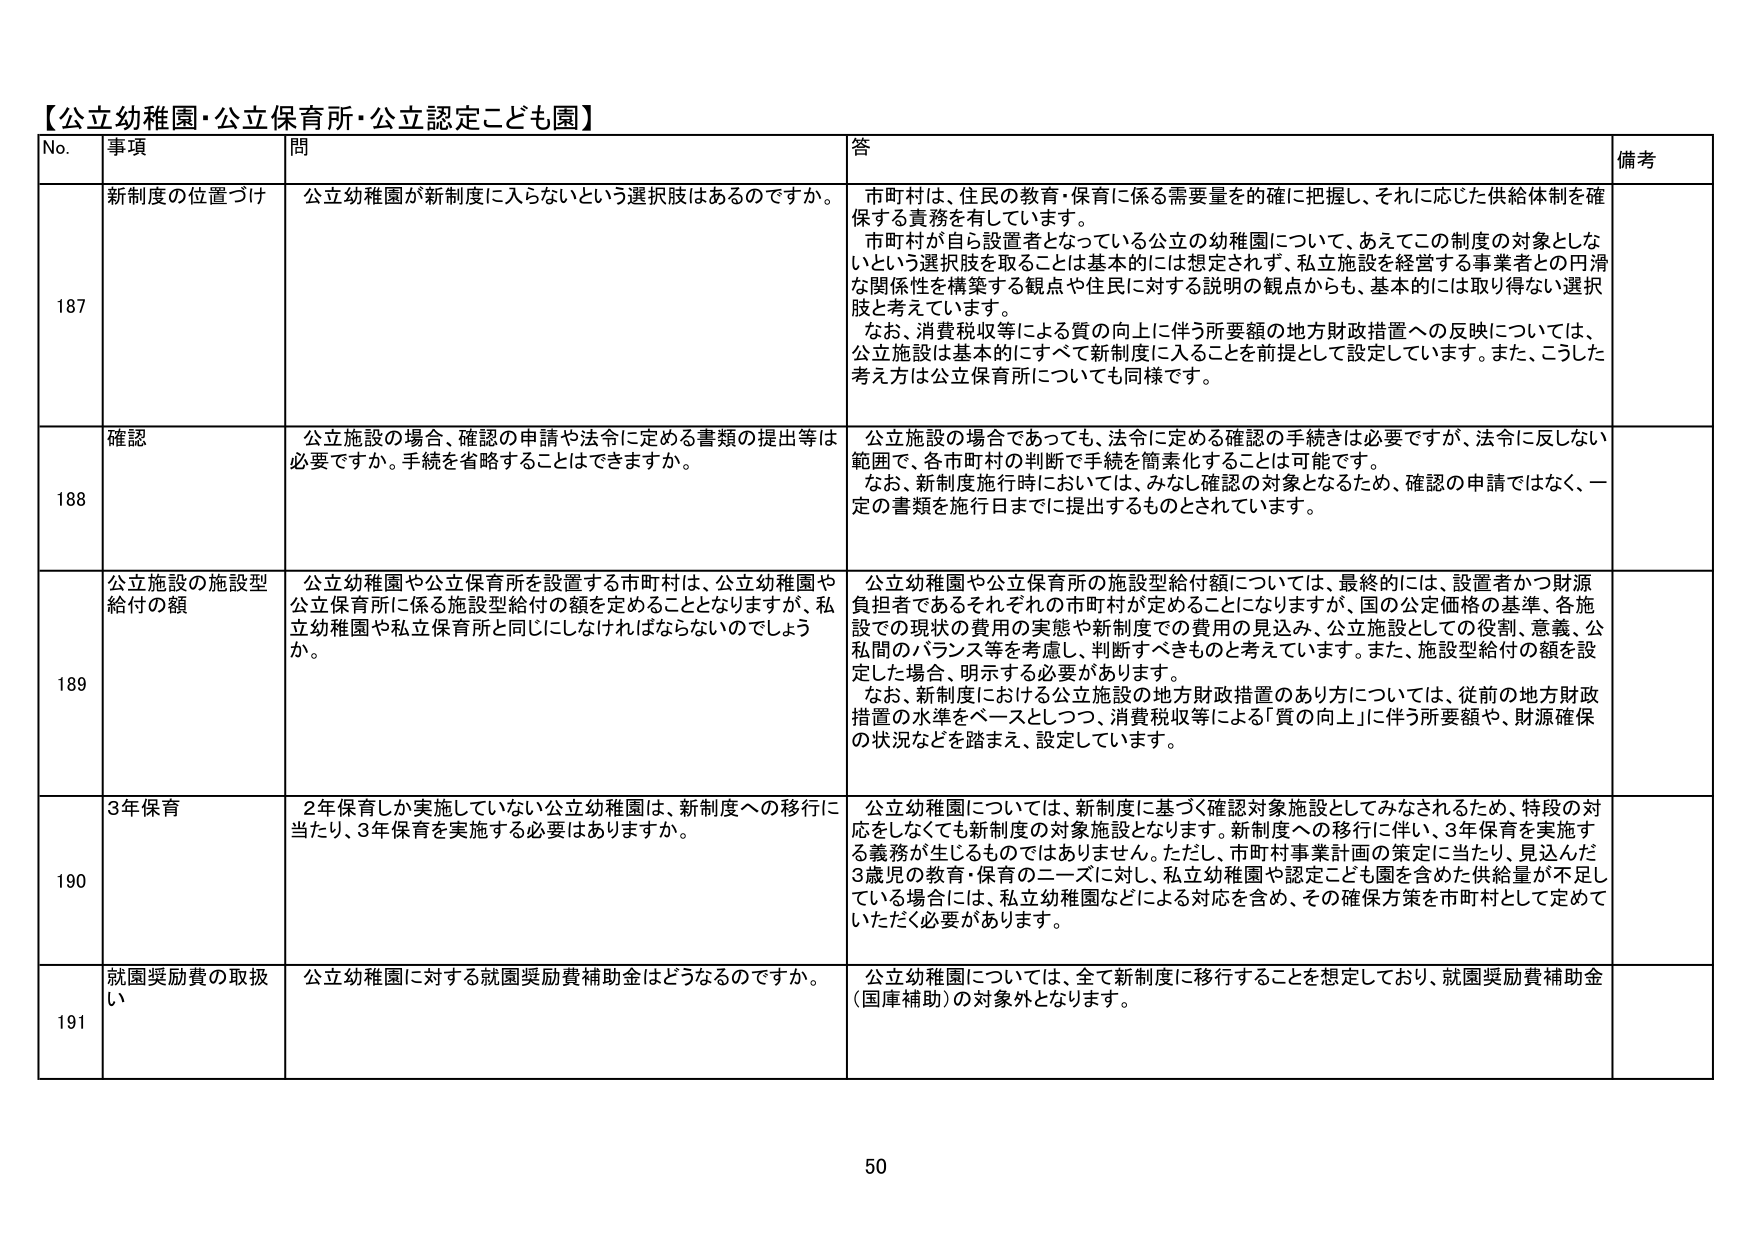
【公立幼稚園・公立保育所・公立認定こども園】

No. 事項 問 答 備考

187 新制度の位置づけ 公立幼稚園が新制度に入らないという選択肢はあるのですか。 市町村は、住民の教育・保育に係る需要量を的確に把握し、それに応じた供給体制を確保する責務を有しています。 市町村が自ら設置者となっている公立の幼稚園について、あえてこの制度の対象としないという選択肢を取ることは基本的には想定されず、私立施設を経営する事業者との円滑な関係性を構築する観点や住民に対する説明の観点からも、基本的には取り得ない選択肢と考えています。 なお、消費税収等による質の向上に伴う所要額の地方財政措置への反映については、公立施設は基本的にすべて新制度に入ることを前提として設定しています。また、こうした考え方は公立保育所についても同様です。

188 確認 公立施設の場合、確認の申請や法令に定める書類の提出等は必要ですか。手続を省略することはできますか。 公立施設の場合であっても、法令に定める確認の手続きは必要ですが、法令に反しない範囲で、各市町村の判断で手続を簡素化することは可能です。 なお、新制度施行時においては、みな確認の対象となるため、確認の申請ではなく、一定の書類を施行日までに提出するものとされています。

189 公立施設の施設型給付の額 公立幼稚園や公立保育所を設置する市町村は、公立幼稚園や公立保育所に係る施設型給付の額を定めることとなりますが、私立幼稚園や私立保育所と同じにしなければならないのでしょうか。 公立幼稚園や公立保育所の施設型給付額については、最終的には、設置者かつ財源負担者であるそれぞれの市町村が定めることになりますが、国の公定価格の基準、各施設での現状の費用の実態や新制度での費用の見込み、公立施設としての役割、意義、公私間のバランス等を考慮し、判断すべきものと考えています。また、施設型給付の額を設定した場合、明示する必要があります。 なお、新制度における公立施設の地方財政措置のあり方については、従前の地方財政措置の水準をベースとしつつ、消費税収等による「質の向上」に伴う所要額や、財源確保の状況などを踏まえ、設定しています。

190 3年保育 2年保育しか実施していない公立幼稚園は、新制度への移行に当たり、3年保育を実施する必要はありますか。 公立幼稚園については、新制度に基づく確認対象施設としてみなされるため、特段の対応をしなくても新制度の対象施設となります。新制度への移行に伴い、3年保育を実施する義務が生じるものではありません。ただし、市町村事業計画の策定に当たり、見込んだ3歳児の教育・保育のニーズに対し、私立幼稚園や認定こども園を含めた供給量が不足している場合には、私立幼稚園などによる対応を含め、その確保方策を市町村として定めていただく必要があります。

191 就園奨励費の取扱い 公立幼稚園に対する就園奨励費補助金はどうなるのですか。 公立幼稚園については、全て新制度に移行することを想定しており、就園奨励費補助金（国庫補助）の対象外となります。

50